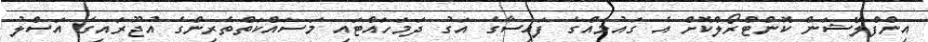
އިންފްލޭޝަން ކޮންޓްރޯލްކޮށް އެ ގައުމެއްގެ ފައިސާގެ އަގު ދަމަހައްޓައި މަސައްކަތްތެރިންގެ އުޖޫރައިގެ އަސްލު